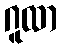
ဂူထာ